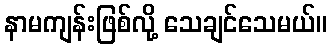
နာမကျန်းဖြစ်လို့ သေချင်သေမယ်။